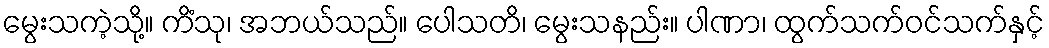
မွေးသကဲ့သို့။ ကိံသု၊ အဘယ်သည်။ ပေါသတိ၊ မွေးသနည်း။ ပါဏာ၊ ထွက်သက်ဝင်သက်နှင့်